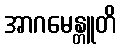
အာဂမေန္တူတိ